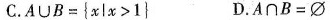
C.$$A \cap B = { x l x > 1 }$$ D.$$A \cap B = ∅$$